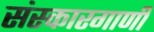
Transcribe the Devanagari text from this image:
संस्कारगाणी